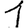
Digit: 1